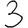
Digit: 3